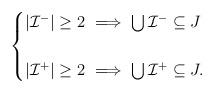
LaTeX: \begin{align*}\begin{cases}|\mathcal{I}^-|\geq 2\ \Longrightarrow\ \bigcup\mathcal{I}^-\subseteq J\\\\|\mathcal{I}^+|\geq 2\ \Longrightarrow\ \bigcup\mathcal{I}^+\subseteq J.\end{cases}\end{align*}